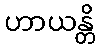
ဟာယန္တိ